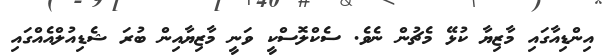
އިންޑިއާގައި މާޒިޔާ ކުޅޭ މެޗުން ނެވެ. ސެކްލޮސްކީ ވަނީ މާޒިޔާއިން ބުރަ ޝެޑިއުލްއެއްގައި